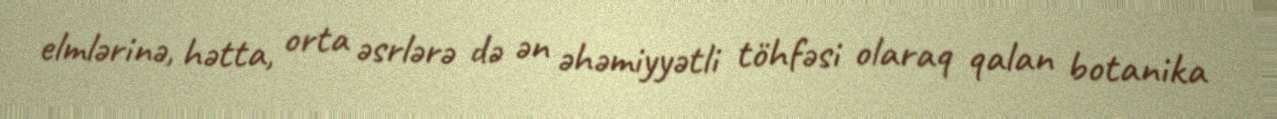
elmlərinə, hətta, orta əsrlərə də ən əhəmiyyətli töhfəsi olaraq qalan botanika